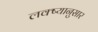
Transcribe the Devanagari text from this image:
लक्ष्यानुसार